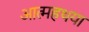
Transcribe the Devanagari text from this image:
आत्महथया